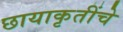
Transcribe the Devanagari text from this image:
छायाकृतींचे